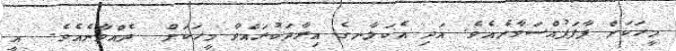
މީހަކަށް ފާފަފުއްސަވާނެއެވެ. އަދި އެކަލާނގެ އިރާދަކުރައްވާ މީހަކަށް  ދެއްވާނެއެވެ.  އީ